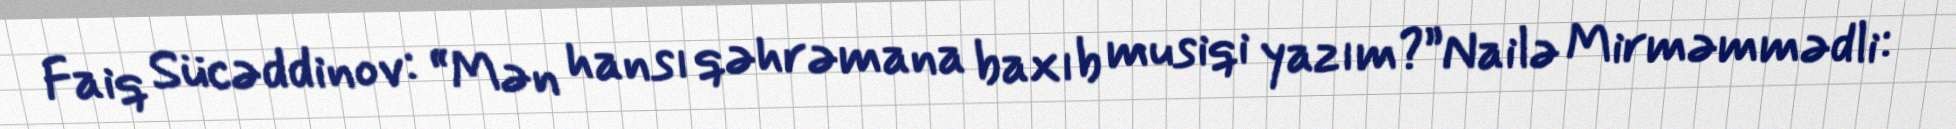
Faiq Sücəddinov: “Mən hansı qəhrəmana baxıb musiqi yazım?”Nailə Mirməmmədli: